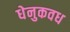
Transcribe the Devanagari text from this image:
धेनुकवध